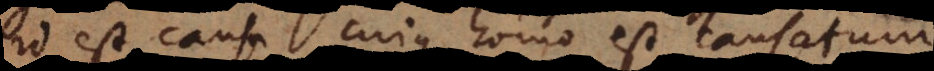
id est causa cujus homo est causatum